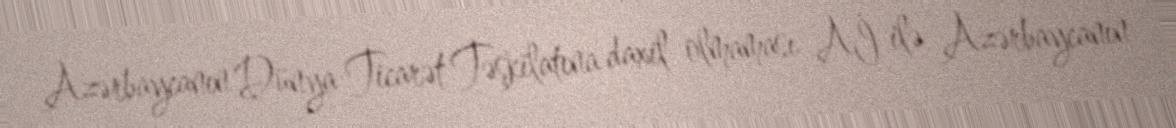
Azərbaycanın Dünya Ticarət Təşkilatına daxil olmaması Aİ ilə Azərbaycanın